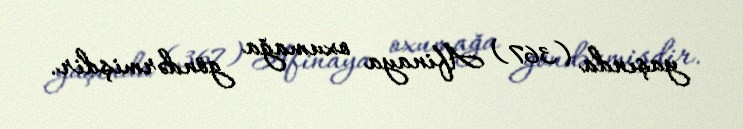
yaşında (367) Afinaya oxumağa göndərmişdir.